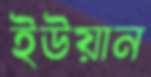
ইউয়ান